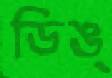
ডিঙ্